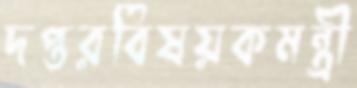
দপ্তরবিষয়কমন্ত্রী